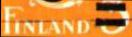
FINLAND =